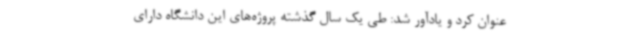
عنوان کرد و یادآور شد: طی یک سال گذشته پروژه‌های این دانشگاه دارای